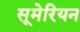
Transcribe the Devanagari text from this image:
सूमेरियन